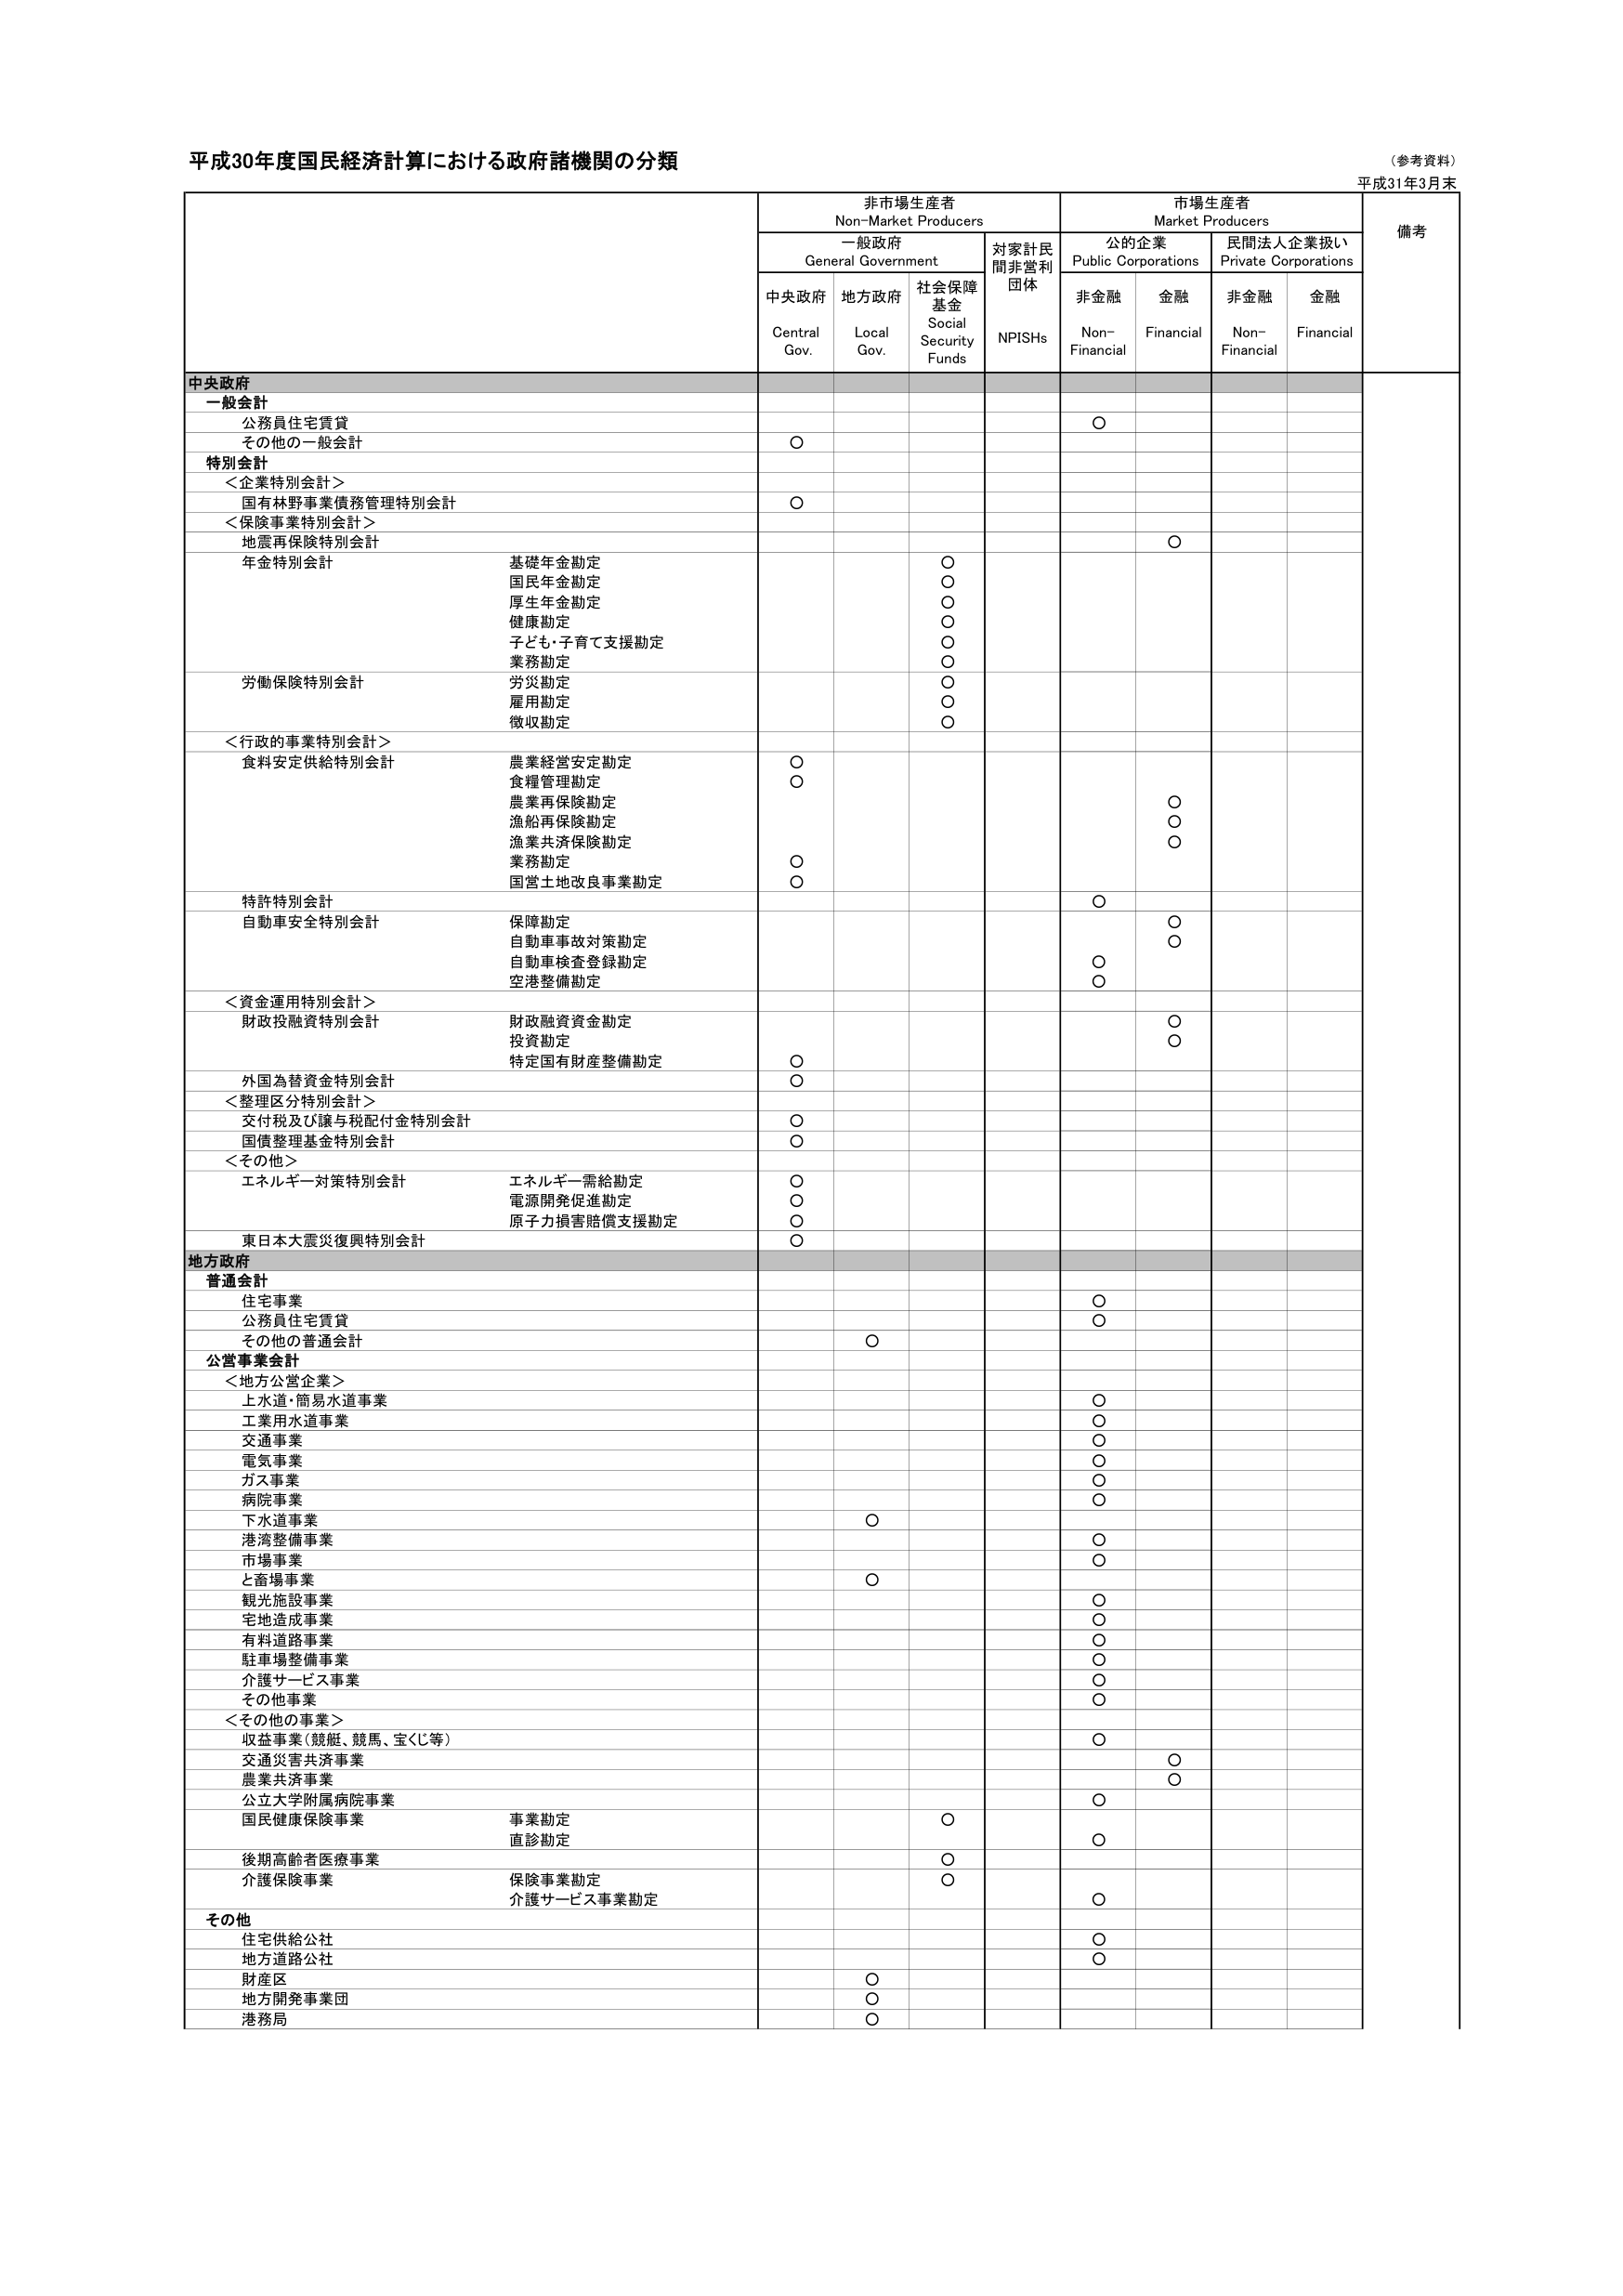
平成30年度国民経済計算における政府諸機関の分類
（参考資料）
平成31年3月末

非市場生産者
Non-Market Producers
市場生産者
Market Producers
備考

一般政府
General Government
対家計民間非営利団体
NPISHs
公の企業
Public Corporations
民間法人企業扱い
Private Corporations

中央政府
Central Gov.
地方政府
Local Gov.
社会保障基金
Social Security Funds
非金融
Non-Financial
金融
Financial
非金融
Non-Financial
金融
Financial

中央政府
一般会計
公務員住宅賃貸
○
その他的一般会計
○

特別会計
＜企業特別会計＞
国有林野事業債務管理特別会計
○

＜保険事業特別会計＞
地震再保険特別会計
○

年金特別会計
基礎年金勘定
○
国民年金勘定
○
厚生年金勘定
○
健康勘定
○
子ども・子育て支援勘定
○
業務勘定
○

労働保険特別会計
労災勘定
○
雇用勘定
○
徴収勘定
○

＜行政的事業特別会計＞
食料安定供給特別会計
農業経営安定勘定
○
食糧管理勘定
○
農業再保険勘定
○
漁船再保険勘定
○
漁業共済保険勘定
○
業務勘定
○
国営土地改良事業勘定
○

特許特別会計
○

自動車安全特別会計
保障勘定
○
自動車事故対策勘定
○
自動車検査登録勘定
○
空港整備勘定
○

＜資金運用特別会計＞
財政投融資特別会計
財政融資資金勘定
○
投資勘定
○
特定国有財産整備勘定
○

外国為替資金特別会計
○

＜整理区分特別会計＞
交付税及び譲与税配付金特別会計
○
国債整理基金特別会計
○

＜その他＞
エネルギー対策特別会計
エネルギー需給勘定
○
電源開発促進勘定
○
原子力損害賠償支援勘定
○

東日本大震災復興特別会計
○

地方政府
普通会計
住宅事業
○
公務員住宅賃貸
○
その他の普通会計
○

公営事業会計
＜地方公営企業＞
上水道・簡易水道事業
○
工業用水道事業
○
交通事業
○
電気事業
○
ガス事業
○
病院事業
○
下水道事業
○
港湾整備事業
○
市場事業
○
と畜場事業
○
観光施設事業
○
宅地造成事業
○
有料道路事業
○
駐車場整備事業
○
介護サービス事業
○
その他事業
○

＜その他の事業＞
収益事業（競艇、競馬、宝くじ等）
○
交通災害共済事業
○
農業共済事業
○
公立大学附属病院事業
○
国民健康保険事業
事業勘定
○
直診勘定
○
後期高齢者医療事業
○
介護保険事業
保険事業勘定
○
介護サービス事業勘定
○

その他
住宅供給公社
○
地方道路公社
○
財産区
○
地方開発事業団
○
港務局
○